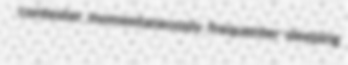
contester momentaneously frequenter sleeping